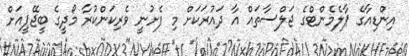
އިންޑިއާގެ ޕާލެމެންޓްގެ ޖަލްސާތައް އާ ދައުރަކަށް މި ފެށުނީ ވެރިކަންކުރާ މޯދީގެ ބީޖޭޕީއަށް